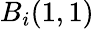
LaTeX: B_{i}(1,1)